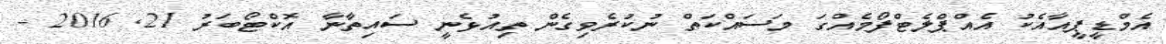
އެމްޑީޕީއާއެކު އެއްޕްލެޓްފޯމެއްގަ މަސައްކަތް ނުކުރެވިގެން ތިއުޅެނީ ސައިތާނާ އޮކްޓޯބަރު 21